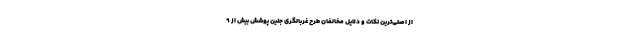
از اصلی‌ترین نکات و دلایل مخالفان طرح غربالگری جنین پوشش بیش از ۹